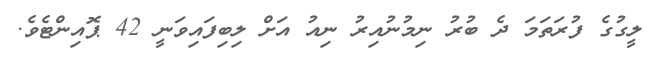
ލީގުގެ ފުރަތަމަ ދެ ބުރު ނިމުނުއިރު ނިއު އަށް ލިބިފައިވަނީ 42 ޕޮއިންޓެވެ.